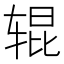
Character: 辊